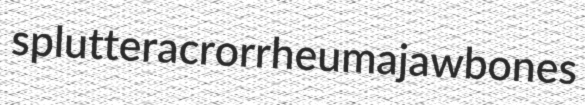
splutter acrorrheuma jawbones